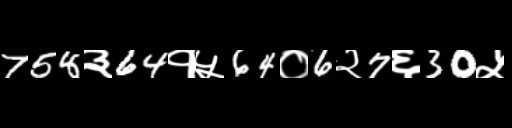
Text: 758३64१५64०6२7६30५